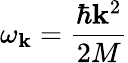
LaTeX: \omega_{\mathbf{k}}=\frac{{\hbar\mathbf{k}^{2}}}{{2M}}